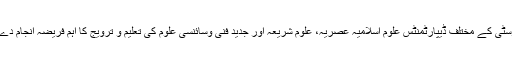
اس یونیورسٹی کے مختلف ڈیپارٹمنٹس علوم اسلامیہ عصریہ، علوم شریعہ اور جدید فنی وسائنسی علوم کی تعلیم و ترویج کا اہم فریضہ انجام دے رہے ہیں۔